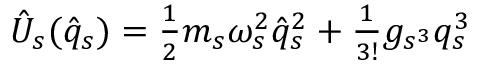
\begin{array} { r } { \hat { U } _ { s } ( \hat { q } _ { s } ) = \frac { 1 } { 2 } m _ { s } \omega _ { s } ^ { 2 } \hat { q } _ { s } ^ { 2 } + \frac { 1 } { 3 ! } g _ { s ^ { 3 } } q _ { s } ^ { 3 } } \end{array}